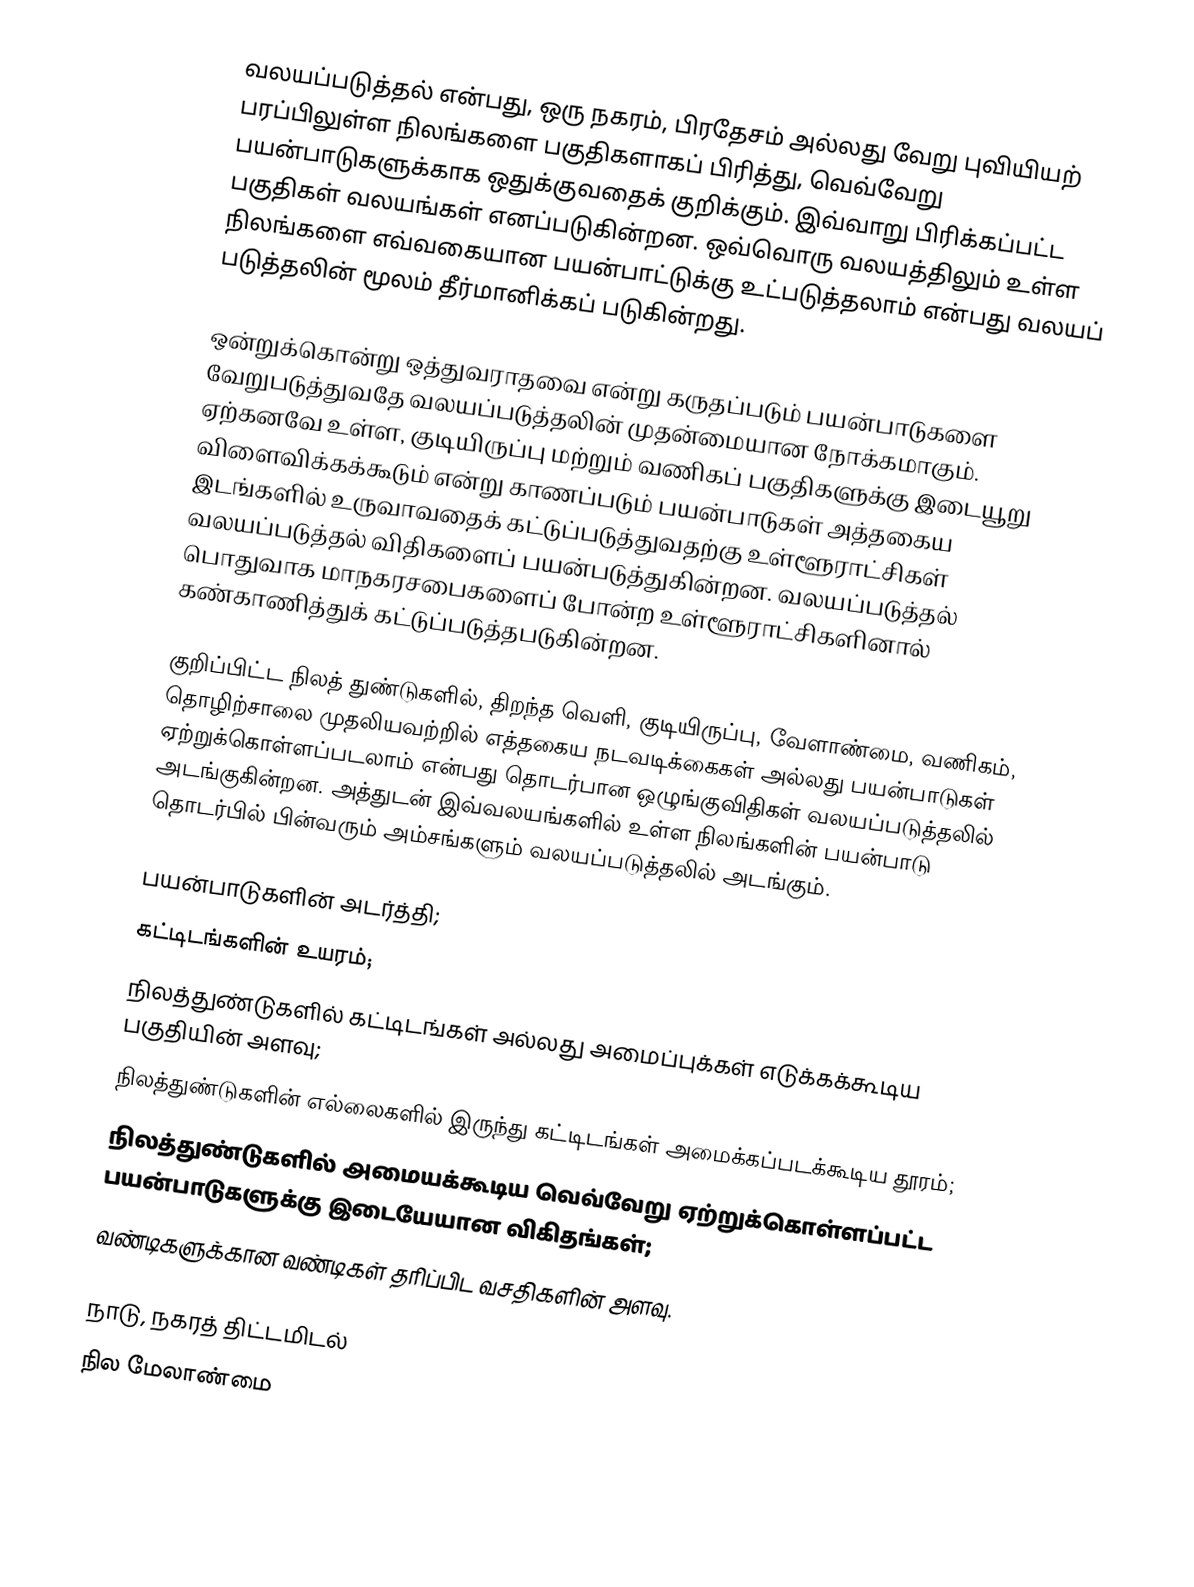
வலயப்படுத்தல் என்பது, ஒரு நகரம், பிரதேசம் அல்லது வேறு புவியியற் பரப்பிலுள்ள நிலங்களை பகுதிகளாகப் பிரித்து, வெவ்வேறு பயன்பாடுகளுக்காக ஒதுக்குவதைக் குறிக்கும். இவ்வாறு பிரிக்கப்பட்ட பகுதிகள் வலயங்கள் எனப்படுகின்றன. ஒவ்வொரு வலயத்திலும் உள்ள நிலங்களை எவ்வகையான பயன்பாட்டுக்கு உட்படுத்தலாம் என்பது வலயப் படுத்தலின் மூலம் தீர்மானிக்கப் படுகின்றது.

ஒன்றுக்கொன்று ஒத்துவராதவை என்று கருதப்படும் பயன்பாடுகளை வேறுபடுத்துவதே வலயப்படுத்தலின் முதன்மையான நோக்கமாகும். ஏற்கனவே உள்ள, குடியிருப்பு மற்றும் வணிகப் பகுதிகளுக்கு இடையூறு விளைவிக்கக்கூடும் என்று காணப்படும் பயன்பாடுகள் அத்தகைய இடங்களில் உருவாவதைக் கட்டுப்படுத்துவதற்கு உள்ளூராட்சிகள் வலயப்படுத்தல் விதிகளைப் பயன்படுத்துகின்றன. வலயப்படுத்தல் பொதுவாக மாநகரசபைகளைப் போன்ற உள்ளூராட்சிகளினால் கண்காணித்துக் கட்டுப்படுத்தபடுகின்றன.

குறிப்பிட்ட நிலத் துண்டுகளில், திறந்த வெளி, குடியிருப்பு, வேளாண்மை, வணிகம், தொழிற்சாலை முதலியவற்றில் எத்தகைய நடவடிக்கைகள் அல்லது பயன்பாடுகள் ஏற்றுக்கொள்ளப்படலாம் என்பது தொடர்பான ஒழுங்குவிதிகள் வலயப்படுத்தலில் அடங்குகின்றன. அத்துடன் இவ்வலயங்களில் உள்ள நிலங்களின் பயன்பாடு தொடர்பில் பின்வரும் அம்சங்களும் வலயப்படுத்தலில் அடங்கும்.

 பயன்பாடுகளின் அடர்த்தி;
 கட்டிடங்களின் உயரம்;
 நிலத்துண்டுகளில் கட்டிடங்கள் அல்லது அமைப்புக்கள் எடுக்கக்கூடிய பகுதியின் அளவு;
 நிலத்துண்டுகளின் எல்லைகளில் இருந்து கட்டிடங்கள் அமைக்கப்படக்கூடிய தூரம்;
 நிலத்துண்டுகளில் அமையக்கூடிய வெவ்வேறு ஏற்றுக்கொள்ளப்பட்ட பயன்பாடுகளுக்கு இடையேயான விகிதங்கள்;
 வண்டிகளுக்கான வண்டிகள் தரிப்பிட வசதிகளின் அளவு.

நாடு, நகரத் திட்டமிடல்
நில மேலாண்மை